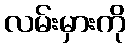
လမ်းမှားကို